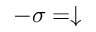
- \sigma = \downarrow